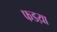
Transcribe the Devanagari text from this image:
फडय़ा